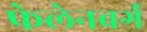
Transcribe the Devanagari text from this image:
फेलेनबर्ग